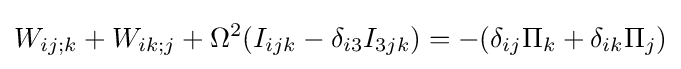
W_{ij;k}+W_{ik;j}+\Omega ^{2}(I_{ijk}-\delta _{i3}I_{3jk})=-(\delta _{ij}\Pi _{k}+\delta _{ik}\Pi _{j})